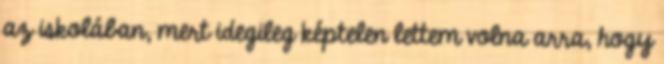
az iskolában, mert idegileg képtelen lettem volna arra, hogy